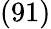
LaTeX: (91)